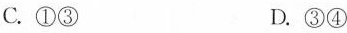
C. ①③ D. ③④